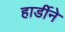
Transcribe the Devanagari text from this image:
हार्डीने